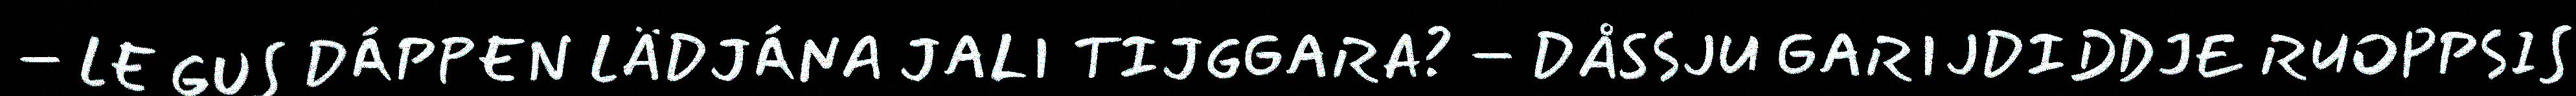
– LE GUS DÁPPEN LÄDJÁNA JALI TIJGGARA? – DÅSSJU GARIJDIDDJE RUOPPSIS